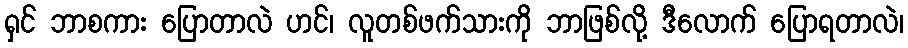
ရှင် ဘာစကား ပြောတာလဲ ဟင်၊ လူတစ်ဖက်သားကို ဘာဖြစ်လို့ ဒီလောက် ပြောရတာလဲ၊